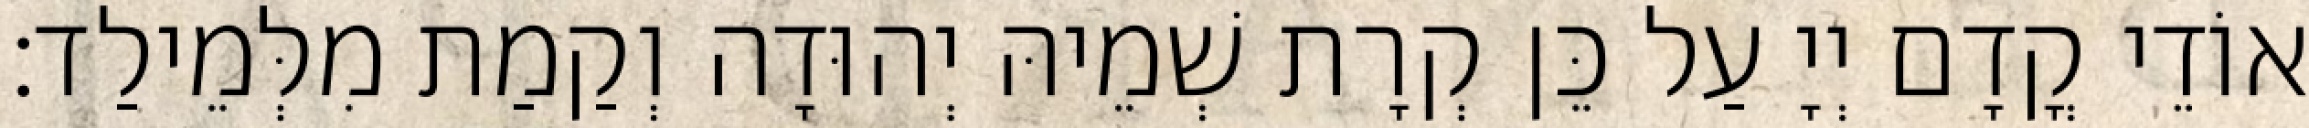
אוֹדֵי קֳדָם יְיָ עַל כֵּן קְרָת שְׁמֵיהּ יְהוּדָה וְקַמַת מִלְּמֵילַד׃